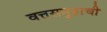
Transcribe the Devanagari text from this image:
वत्तसमुहाची